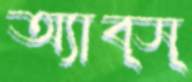
অ্যাব্স্